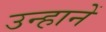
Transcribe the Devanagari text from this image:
उन्हानें